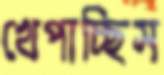
খেপাচ্ছিস